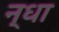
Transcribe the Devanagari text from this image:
न्धा